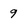
Character: 9